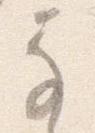
な